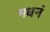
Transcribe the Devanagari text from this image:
मधनं